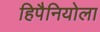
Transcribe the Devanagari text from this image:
हिपैनियोला